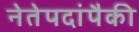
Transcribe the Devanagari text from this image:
नेतेपदांपैकी